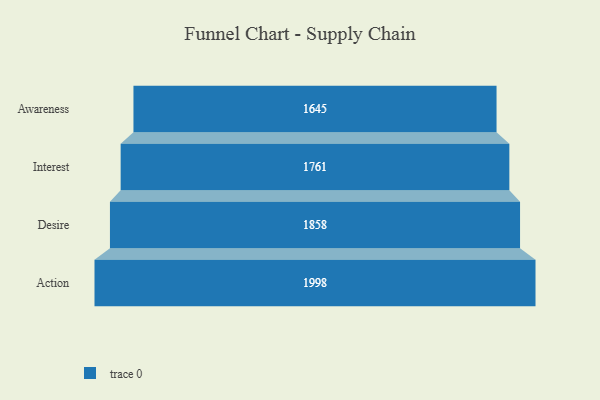
{"axis": {"x": "Stage", "y": "Value"}, "legend": [""], "data": [{"x": "Awareness", "y": 1645.0, "type": ""}, {"x": "Interest", "y": 1761.0, "type": ""}, {"x": "Desire", "y": 1858.0, "type": ""}, {"x": "Action", "y": 1998.0, "type": ""}]}